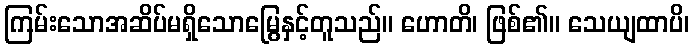
ကြမ်းသောအဆိပ်မရှိသောမြွေနှင့်တူသည်။ ဟောတိ၊ ဖြစ်၏။ သေယျထာပိ၊